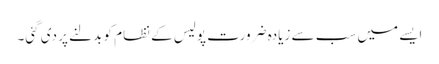
ایسے میں سب سے زیادہ ضرورت پولیس کے نظام کو بدلنے پر دی گئی۔